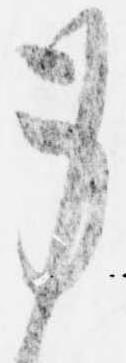
身